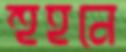
হুহনে